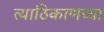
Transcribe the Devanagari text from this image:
त्याठिकाणच्या